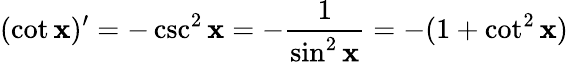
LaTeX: (\cot\mathbf{x})^{\prime}=-\csc^{2}\mathbf{x}=-{\frac{{1}}{{\sin^{2}\mathbf{x}}}}=-(1+\cot^{2}\mathbf{x})